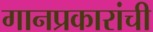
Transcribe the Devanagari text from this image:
गानप्रकारांची